Vaccination in Burma 1900-1911 - 1900-1911
Year: 1900
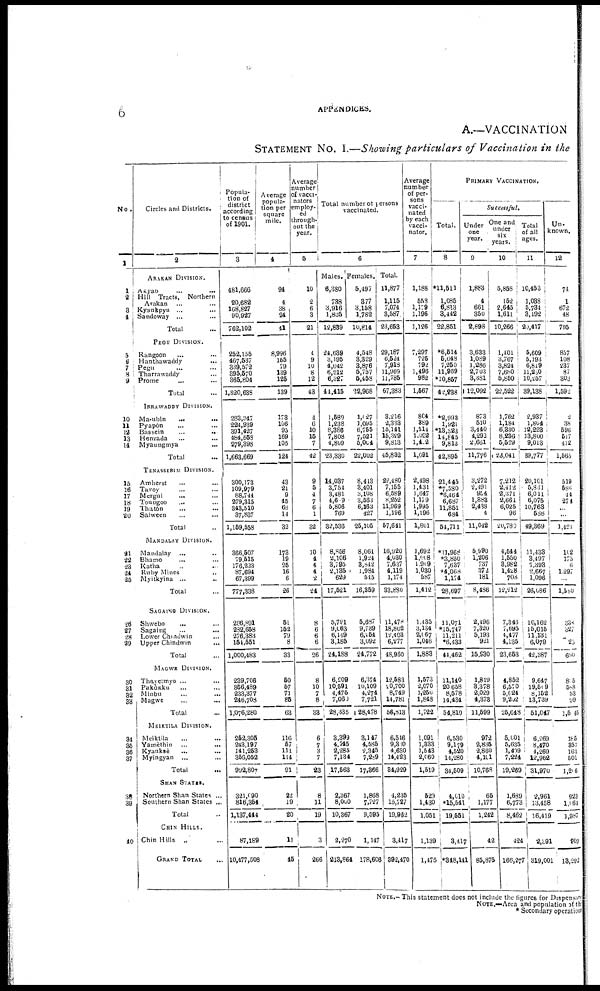
6
APPENDICES.
A.—VACCINATION
STATEMENT No. I.—Showing particulars of Vaccination in the
No.
1
1
2
3
4
5
6
7 8
9
10
11 12
13
14
15
16
17
18
19
20
21
22 23
24
25
26
27
28
29
30
31
32
33
34
35
36
37
38
39
40
Circles and Districts.
2
ARAKAN DIVISION.
Akyab ... ...
Hill Tracts,
Northern
Arakan ... ...
Kyaukayu... ...
Sandoway... ... ...
Total ... ...
PEGU DIVISION.
Rangoon... ... ...
Hanthawaddy... ... ...
Pegu... ... ...
Tharrawaddy... ... ...
Prome... ...
Total...
IRRAWADDY DIVISION.
Ma-ubin
...
...
Pyapôn... ...
Bassein... ... ...
Henzada... ... ...
Myaungmya... ... ...
Total...
TENASSERIM DIVISION.
Amherst... ... ...
Tavoy... ... ...
Mergui... ... ...
Toundoo... ... ...
Thutôn... ... ...
Salween...
...
...
Total...
MANDALAY DIVISION.
Mandalay ... ... ...
Bhamo ... ... ...
Katha... ... ...
Ruby Mines... ... ...
Myitkyina... ... ...
Total...
SAGAING DIVISION.
Shewebo... ...
Sagaing... ... ...
Lower Chindwin... ...
Upper Chindwin... ...
Total...
MAGWE DIVISION.
Thayetmyo ... ... ...
Pakôkku... ...
Minbu... ... ...
Magwe... ... ...
Total...
MEIKTILA DIVISION.
Meiktila...
...
...
Yamèthin...
...
...
Kyauksè... ... ...
Myingyan... ... ...
Total...
SHAN STATES.
Northern Shan States ... ... ...
Southern Shan States ...
Total...
CHIN HILLS.
Chin Hills ... ... ...
GRAND TOTAL...
Popula-
tion of
district
according
to census
of 1901.
3
481,666
20,682
168,627
90,927
762,102
252,155
467,537
339,572
395,570
365,804
1,820,638
283,347
224,939
391,427
484,558
279,398
1,663,669
300,173
109,979
88,744
279,315
343,510
37,837
1,159,558
366,507
79,515
176,223
87,694
67,399
777,338
286,891
232,658
276,383
154,551
1,000,483
239,706
356,489
233,377
246,708
1,076,280
252,305
243,197
141,253
356,052
992,807
321,090
816,854
1,137,444
87,189
10,477,508
Average
popula-
tion per
square
mile.
4
94
4
38
24
41
8,996
155
79
139
125
139
173
106
95
169
105
124
43
21
9
45
68
14
32
173
19
25
16
6
26
51
152
79
8
33
50
57
71
85
63
116
57
111
114
91
22
19
20
11
45
Average
number
of vacci-
nators
employ-
ed
through-
out the
year.
5
10
2
6
3
21
4
9
10
8
12
43
4
6
10
15
7
42
9
5
4
7
6
1
32
10
4
4
4
2
24
8
6
6
6
26
8
10
7
8
38
6
7
3
7
23
8
11
19
3
266
Total number of persons
vaccinated.
6
Males.
6,380
788
3,916
1,805
12,839
24,639
3,195
4,042
6,212
6,327
41,415
1,589
1,238
8,386
7,808
4,809
23,830
14,037
3,754
3,481
4,609
5,806
769
32,536
8,856
2,106
3,795
2,135
629
17,521
5,791
9,063
6,149
3,185
24,188
6,209
10,591
4,475
7,060
28,335
3,399
4,745
2,285
7,134
17,563
2,367
8,060
10,367
2,270
213,864
Females.
5,497
377
3,158
1,782
10,814
4,548
3,329
3,876
5,757
5,458
32,968
1,027
1,095
6,755
7,521
5,004
22,002
8,413
3,401
3,108
3,563
6,163
427
25,105
8,064
1,924
8,842
1,984
545
16,359
5,637
9,739
6,264
3,092
24,772
6,374
10,109
4,274
7,721
28,478
3,147
4,585
2,345
7,289
17,366
1,868
7,727
9,595
1,147
178,606
Total.
11,877
1,115
7,074
8,587
23,653
29,187
6,524 7,918
11,969
11,785
67,383
3,216
2,333
15,141
15,329
9,813
45,832
22,480
7,155 6,589
8,252 11,969
1,196
57,641
16,920
4,030
7,637
4,119
1,174
33,880
11,478
18,802
12,403
6,277
48,980
12,583
20,700
8,749
14,781
56,813
6,516
9,380
4,630
14,423
84,929
4,235
15,727
19,962
3,417
392,470
Average
number
of per-
sons
vacci-
nated
by each
vacci-
nator.
7
1,188
558
1,179
1,196
1,126
7,297
725 792
1,496
982
1,567
804
889
1,514
1,022
1,402
1,091
2,498
1,431 1,647
1,179
1,995
1,196
1,801
1,692
l,008
l,909
1,030
587
1,412
1,435
3,134
2,067
1,046
1,883
1,573
2,070
1,250
1,848
1,722
1,091
1,333
1,543
2,060
1,519
529
1,430
1,051
1,139
1,475
PRIMARY VACCINATION.
Total.
8
*11,511
1,085
6,813
3,442
22,851
*6,514
5,648 7,250
11,969
*10,867
42,238
*2,998
1,921
*13,323
14,845
9,813
42,895
21,445
*7,580
*6,464
6,687
11,861
684
54,711
*11,968
*3,850
7,637
*4,068
1,174
28,697
11,071
*15,747
11,211
*6,433
44,462
11,140
20,658
8,578
14,434
54,819
6,530
9,179
4,520
14,280
34,509
4,010
*15,541
19,551
3,417
*348,141
Successful,
Under
one
year.
9
1,883
4
661
350
2,893
3,633
1,089 1,236
2,703
3,381
12,092
873
510
3,440
4,292
2,681
11,776
3,272
2,491 954
1,888
2,438
4
11,042
5,990
1,206
737
372
181
8,486
2,496
7,320
5,193
921
15,930
1,819
3,378
2,029
4,378
11,599
972
2,835
2,860
4,101
10,763
65
1,177
1,242
42
85,875
One and
under
six
years.
10
5,858
152
2,645
1,611
10,266
1,401
3,767
3,824
7,680
5,850
22,522
1,762
1,184
6,330
8,236
5,529
23,041
7,212
2,412
2,371
2,661
6,025
96
20,780
4,544
1,550
3,982
1,428
708
12,212
7,348
7,695
4,477
4,135
23,653
4,852
6,570
5,024
9,202
25,648
5,601
5,635
1,409
7,224
19,269
1,689
6,773
8,462
424
166,277
Total
of all
ages.
11
10,453
1,088
5,734
3,192
29,417
5,609
5,193
6,849
11,280
10,257
39,138
2,937
1,804
12,223
13,800
9,013
89,777
20,101
5,831
6,011
6,075
10,763
538
49,369
11,433
3,497
7,393
2,667
1,096
26,086
10,162
15,015
11,131
6,079
42,387
9,647
19,509
8,152
13,739
51,047
6,269
8,470
4,269
12,962
31,970
2,961
13,458
16,419
2,391
319,001
Un-
known.
12
74
1
672
48
795
857
108 237
87
303
1,592
2
38
596
517
412
1,565
519
586
44
274
...
...
1,423
102
175
6
1,297
...
1,580
338
327 ...
23
690
805
588
53
99
1,545
185
357
163
501
1,206
923
1,061
1,987
909
13,292
NOTE.—This statement does not include the figures for Dispensary
NOTE.—Area and population of the
* Secondary operation